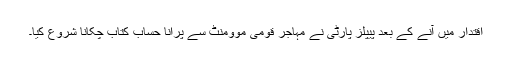
اقتدار میں آنے کے بعد پیپلز پارٹی نے مہاجر قومی موومنٹ سے پرانا حساب کتاب چکانا شروع کیا۔